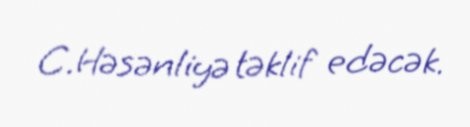
C.Həsənliyə təklif edəcək.